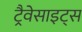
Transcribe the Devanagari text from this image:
ट्रैवेसाइट्स